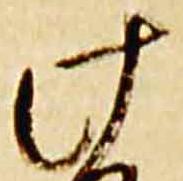
此